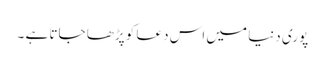
پوری دنیا میں اس دعا کو پڑھا جاتا ہے ۔